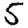
Digit: 5